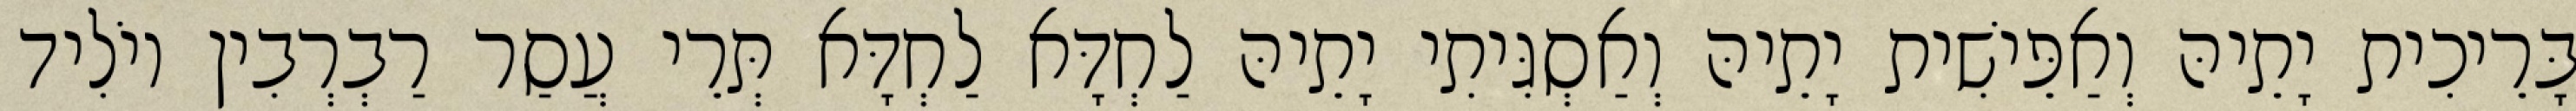
בָּרֵיכִית יָתֵיהּ וְאַפֵּישִׁית יָתֵיהּ וְאַסְגִּיתִי יָתֵיהּ לַחְדָּא לַחְדָּא תְּרֵי עֲסַר רַבְרְבִין יוֹלִיד